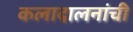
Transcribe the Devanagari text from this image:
कलादालनांची